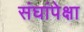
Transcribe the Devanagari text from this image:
संघांपेक्षा